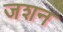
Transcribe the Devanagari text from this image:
जशन